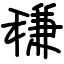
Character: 稴